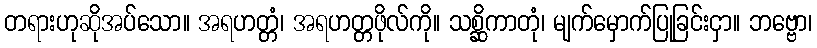
တရားဟုဆိုအပ်သော။ အရဟတ္တံ၊ အရဟတ္တဖိုလ်ကို။ သစ္ဆိကာတုံ၊ မျက်မှောက်ပြုခြင်းငှာ။ ဘဗ္ဗော၊